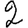
Digit: 2